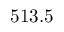
5 1 3 . 5